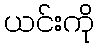
ယင်းကို